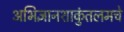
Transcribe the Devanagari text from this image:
अभिज्ञानशाकुंतलमचे